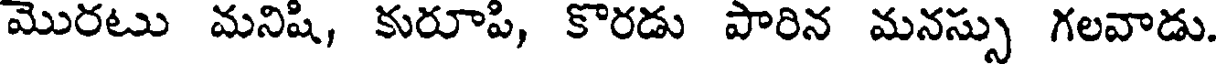
మొరటు మనిషి, కురూపి, కొరడు పారిన మనస్సు గలవాడు.